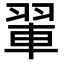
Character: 𫅨